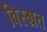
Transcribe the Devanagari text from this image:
विस्म्रत